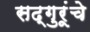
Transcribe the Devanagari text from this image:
सद्गुरूंचे